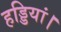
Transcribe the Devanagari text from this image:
हड्डियां।